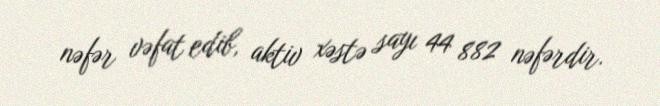
nəfər vəfat edib, aktiv xəstə sayı 44 882 nəfərdir.